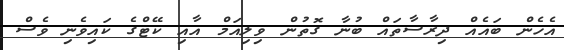
އެހެން ބައެއް ދިރާސާތައް ބުނާ ގޮތުން ވިލިއަމް އާއި ކޭޓްގެ ކައިވެނި ވެސް